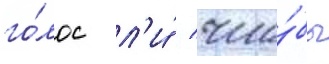
го́лос л'и́ / что́бы